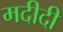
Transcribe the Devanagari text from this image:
मदीदी